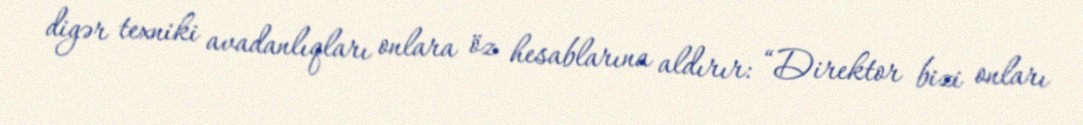
digər texniki avadanlıqları onlara öz hesablarına aldırır: “Direktor bizi onları